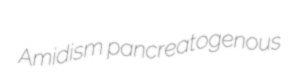
Amidism pancreatogenous